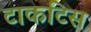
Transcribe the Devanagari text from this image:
टाकटिस